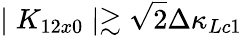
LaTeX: \mid K_{12x0}\mid\gtrsim\sqrt{2}\Delta\kappa_{Lc1}